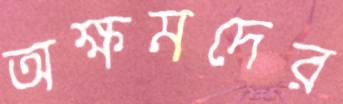
অক্ষমদের